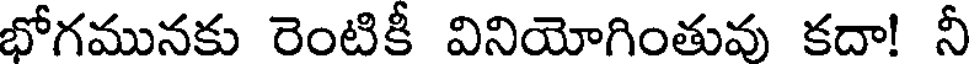
భోగమునకు రెంటికీ వినియోగింతువు కదా! నీ